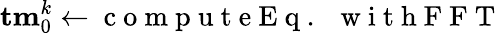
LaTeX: {\mathbf{tm}}_{0}^{k}\gets\mathrm{~c~o~m~p~u~t~e~E~q~.~~~w~i~t~h~F~F~T~}